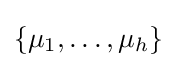
\{\mu _{1},\dots ,\mu _{h}\}